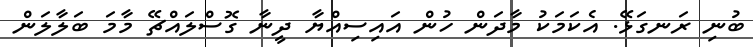
ބުނި ރަނގަޅޭ. އެކަމަކު މާދަން ހުން އައިސިއްޔާ ދީނާ ގޮސްލައްޗޭ މާމަ ބަލާލަން